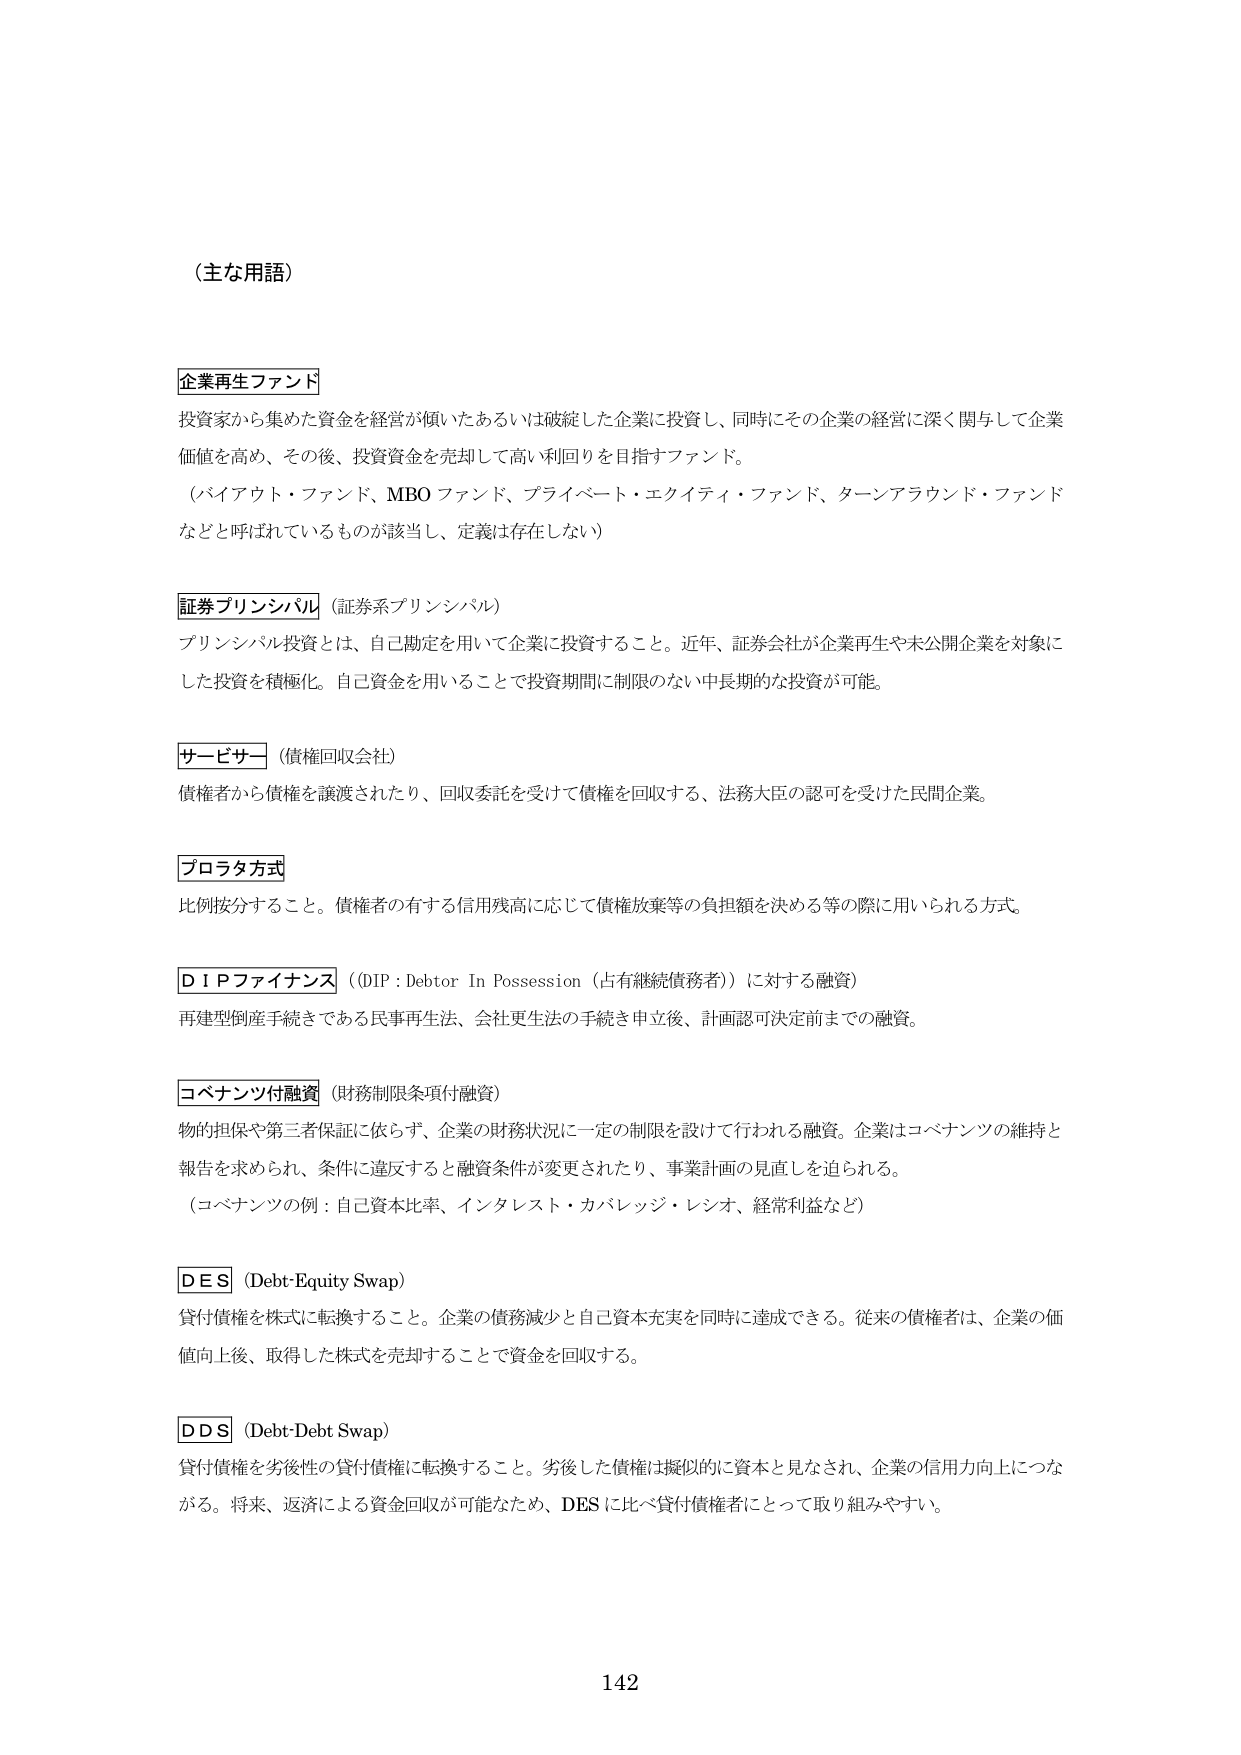
（主な用語）

企業再生ファンド
投資家から集めた資金を経営が傾いたあるいは破綻した企業に投資し、同時にその企業の経営に深く関与して企業価値を高め、その後、投資資金を売却して高い利回りを目指すファンド。
（バイアウト・ファンド、MBO ファンド、プライベート・エクイティ・ファンド、ターンアラウンド・ファンドなどと呼ばれているものが該当し、定義は存在しない）

証券プリンシパル（証券系プリンシパル）
プリンシパル投資とは、自己勘定を用いて企業に投資すること。近年、証券会社が企業再生や未公開企業を対象にした投資を積極化。自己資金を用いることで投資期間に制限のない中長期的な投資が可能。

サービサー（債権回収会社）
債権者から債権を譲渡されたり、回収委託を受けて債権を回収する、法務大臣の認可を受けた民間企業。

プロラタ方式
比例按分すること。債権者の有する信用残高に応じて債権放棄等の負担額を決める等の際に用いられる方式。

ＤＩＰファイナンス（DIP : Debtor In Possession（占有継続債務者））に対する融資）
再建型倒産手続きである民事再生法、会社更生法の手続き申立後、計画認可決定前までの融資。

コベナンツ付融資（財務制限条項付融資）
物的担保や第三者保証に依らず、企業の財務状況に一定の制限を設けて行われる融資。企業はコベナンツの維持と報告を求められ、条件に違反すると融資条件が変更されたり、事業計画の見直しを迫られる。
（コベナンツの例：自己資本比率、インタレスト・カバレッジ・レシオ、経常利益など）

ＤＥＳ（Debt-Equity Swap）
貸付債権を株式に転換すること。企業の債務減少と自己資本充実を同時に達成できる。従来の債権者は、企業の価値向上後、取得した株式を売却することで資金を回収する。

ＤＤＳ（Debt-Debt Swap）
貸付債権を劣後性の貸付債権に転換すること。劣後した債権は擬似的に資本と見なされ、企業の信用力向上につながる。将来、返済による資金回収が可能なため、DES に比べ貸付債権者にとって取り組みやすい。

142